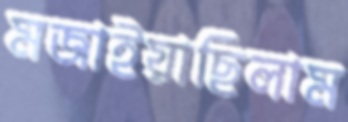
মজাইয়াছিলাম